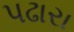
પઢારા